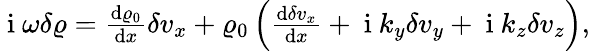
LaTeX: \begin{array}{r}{\mathrm{~i~}\omega\delta\varrho=\frac{\textrm{d}\varrho_{0}}{\textrm{d}x}\delta v_{x}+\varrho_{0}\left(\frac{\textrm{d}\delta v_{x}}{\textrm{d}x}+\mathrm{~i~}k_{y}\delta v_{y}+\mathrm{~i~}k_{z}\delta v_{z}\right),}\end{array}